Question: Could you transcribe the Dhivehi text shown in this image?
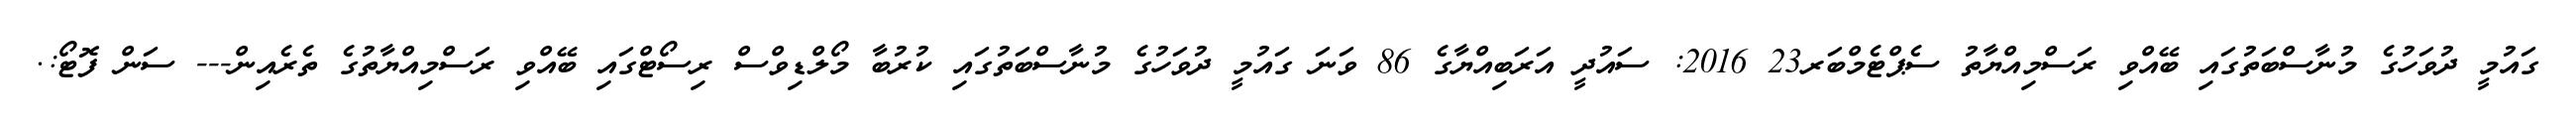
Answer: ގައުމީ ދުވަހުގެ މުނާސްބަތުގައި ބޭއްވި ރަސްމިއްޔާތު ސެޕްޓެމްބަރ23 2016: ސައުދީ އަރަބިއްޔާގެ 86 ވަނަ ގައުމީ ދުވަހުގެ މުނާސްބަތުގައި ކުރުބާ މޯލްޑިވްސް ރިސޯޓްގައި ބޭއްވި ރަސްމިއްޔާތުގެ ތެރެއިން--- ސަން ފޮޓޯ:.